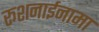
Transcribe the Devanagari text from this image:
रूशनाईनामा